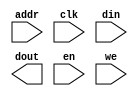
module ram_8x512_hi(
	addr,
	clk,
	din,
	dout,
	en,
	we);


input [8 : 0] addr;
input clk;
input [7 : 0] din;
output [7 : 0] dout;
input en;
input we;

// synthesis translate_off

      BLKMEMSP_V6_2 #(
		.c_addr_width(9),
		.c_default_data("0"),
		.c_depth(512),
		.c_enable_rlocs(0),
		.c_has_default_data(1),
		.c_has_din(1),
		.c_has_en(1),
		.c_has_limit_data_pitch(0),
		.c_has_nd(0),
		.c_has_rdy(0),
		.c_has_rfd(0),
		.c_has_sinit(0),
		.c_has_we(1),
		.c_limit_data_pitch(18),
		.c_mem_init_file("mif_file_16_1"),
		.c_pipe_stages(0),
		.c_reg_inputs(0),
		.c_sinit_value("0"),
		.c_width(8),
		.c_write_mode(0),
		.c_ybottom_addr("0"),
		.c_yclk_is_rising(1),
		.c_yen_is_high(0),
		.c_yhierarchy("hierarchy1"),
		.c_ymake_bmm(0),
		.c_yprimitive_type("16kx1"),
		.c_ysinit_is_high(1),
		.c_ytop_addr("1024"),
		.c_yuse_single_primitive(0),
		.c_ywe_is_high(0),
		.c_yydisable_warnings(1))
	inst (
		.ADDR(addr),
		.CLK(clk),
		.DIN(din),
		.DOUT(dout),
		.EN(en),
		.WE(we),
		.ND(),
		.RFD(),
		.RDY(),
		.SINIT());


// synthesis translate_on

// XST black box declaration
// box_type "black_box"
// synthesis attribute box_type of ram_8x512_hi is "black_box"

endmodule